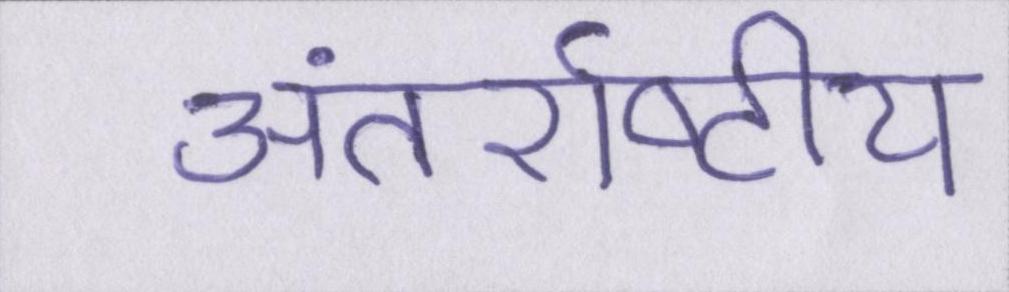
अंतर्राष्ट्रीय